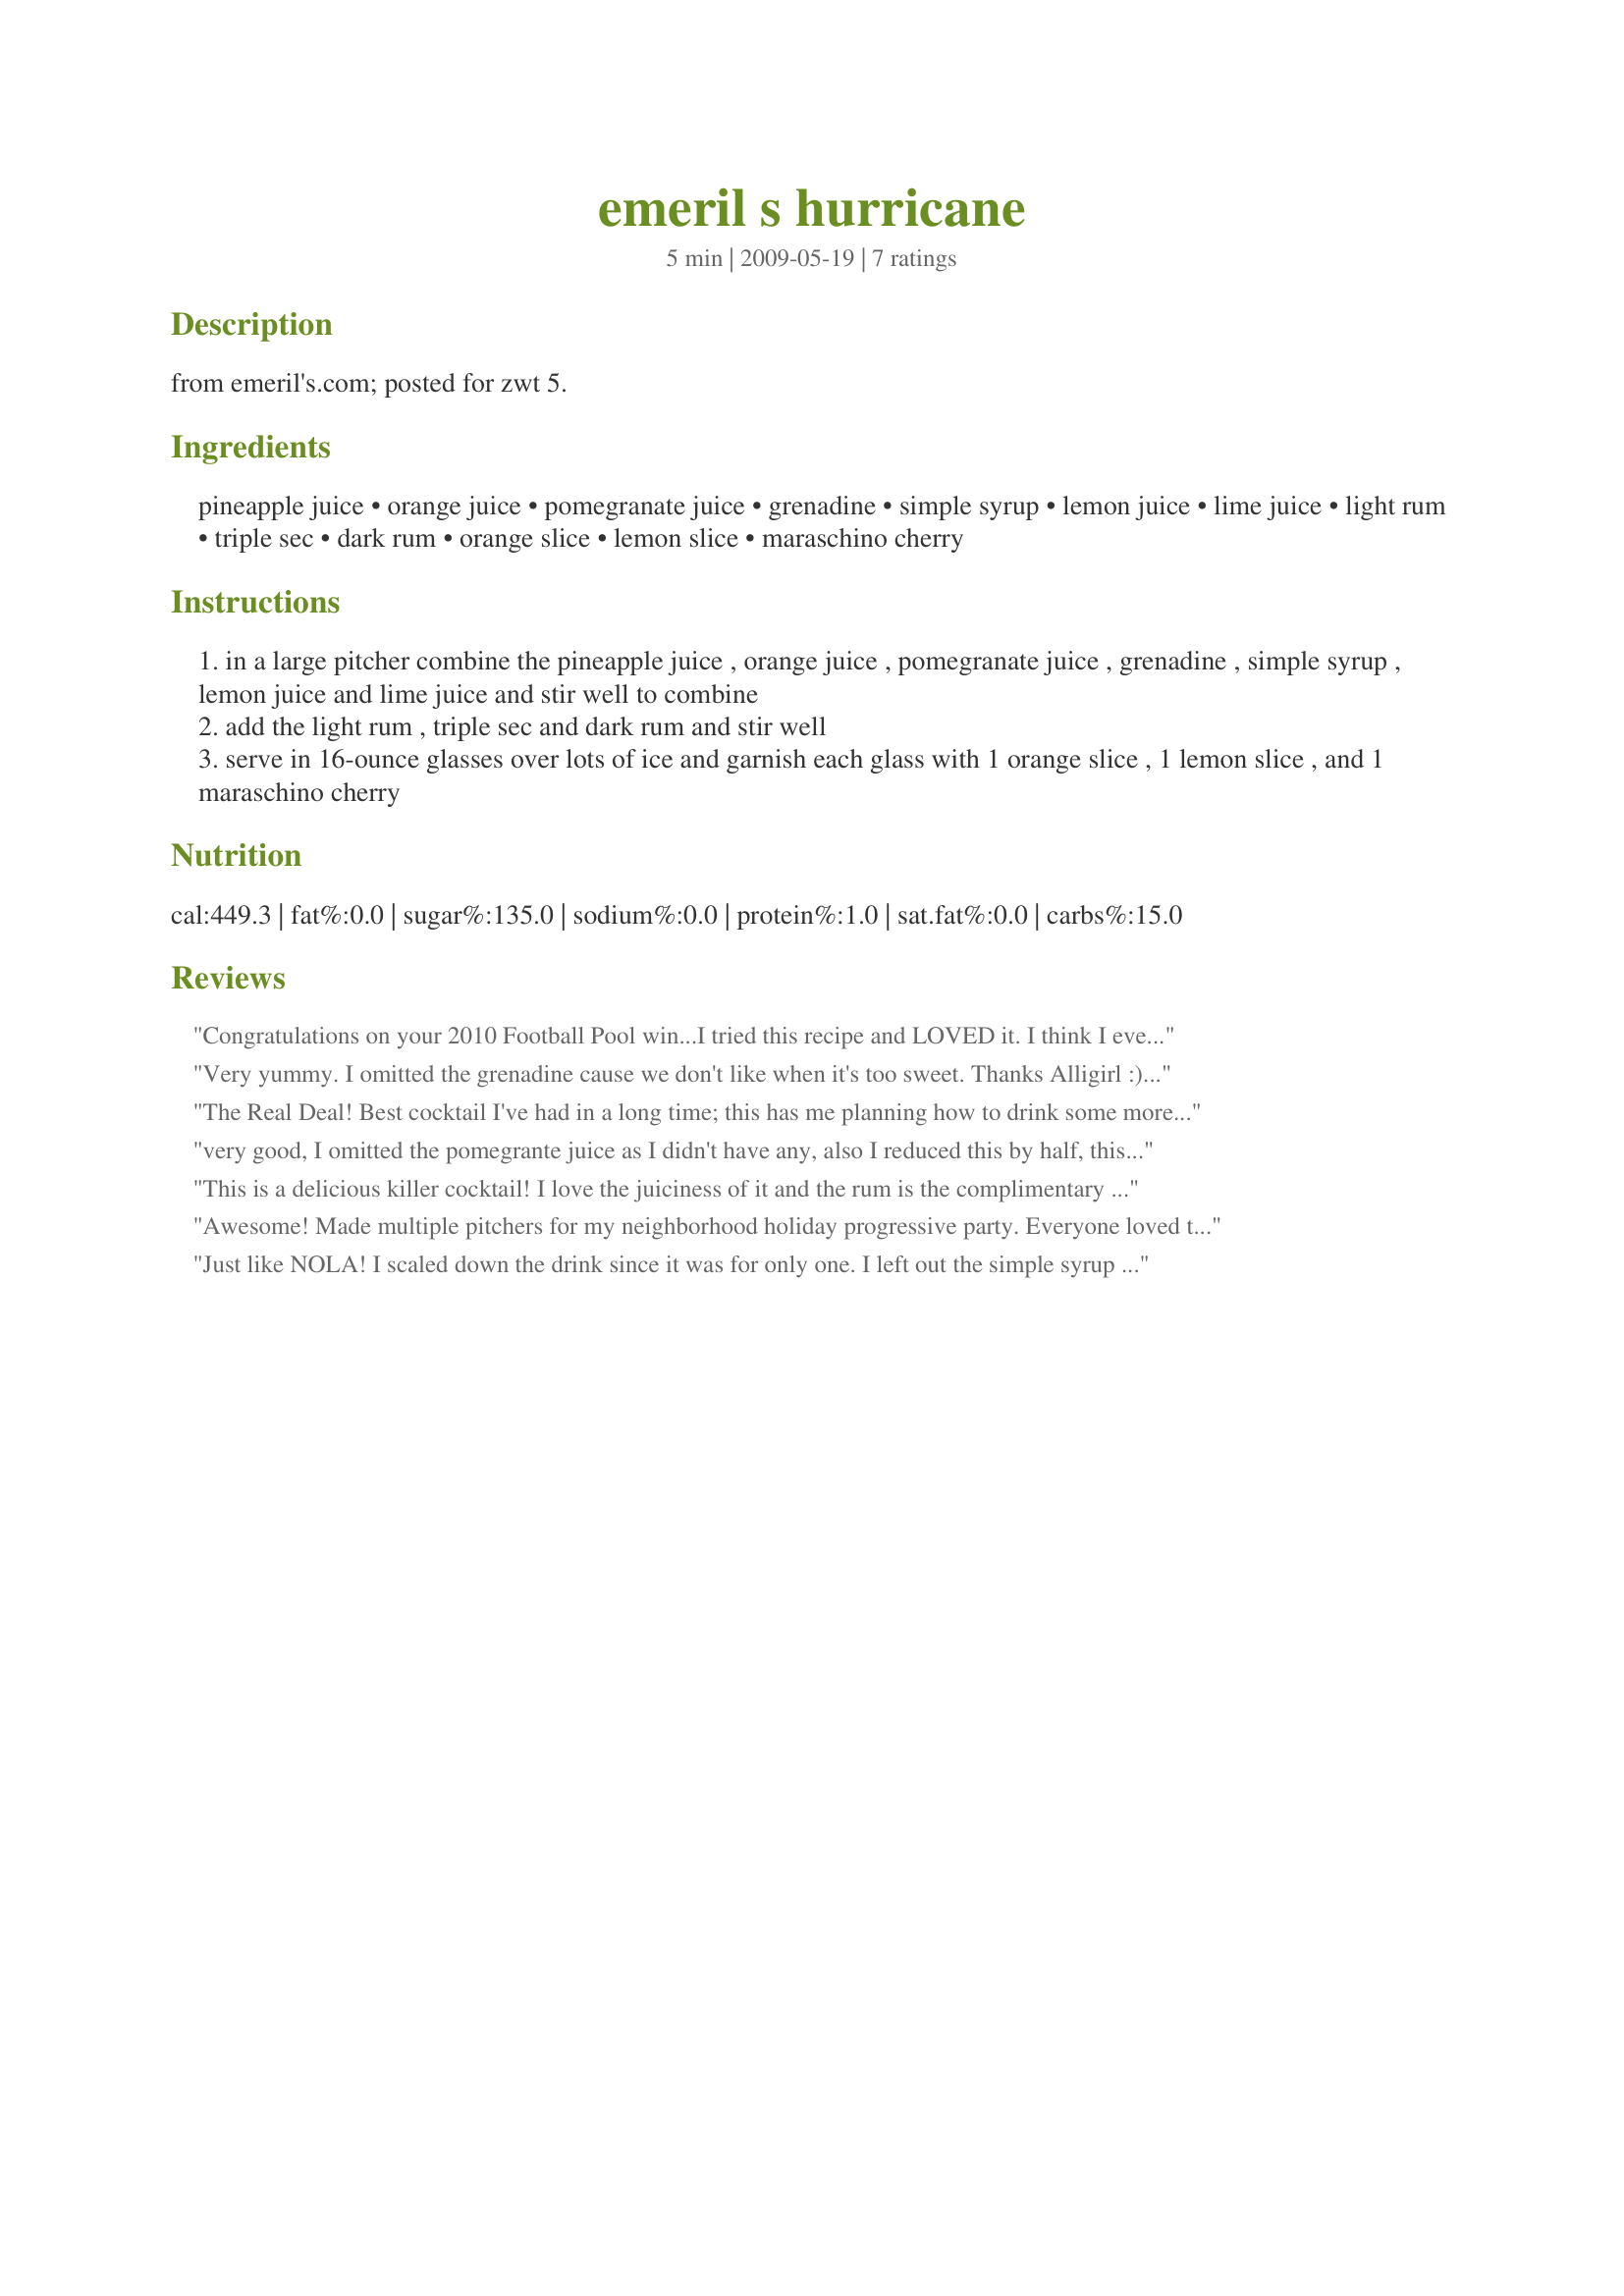
emeril s hurricane
Preparation time: 5 minutes

from emeril's.com; posted for zwt 5.

Ingredients:
pineapple juice, orange juice, pomegranate juice, grenadine, simple syrup, lemon juice, lime juice, light rum, triple sec, dark rum, orange slice, lemon slice, maraschino cherry

Steps:
in a large pitcher combine the pineapple juice , orange juice , pomegranate juice , grenadine , simple syrup , lemon juice and lime juice and stir well to combine
add the light rum , triple sec and dark rum and stir well
serve in 16-ounce glasses over lots of ice and garnish each glass with 1 orange slice , 1 lemon slice , and 1 maraschino cherry

Reviews:
Congratulations on your 2010 Football Pool win...I tried this recipe and LOVED it. I think I even like it better than the one's from Pat O's and being a Louisianian, that is almost treason around here. LOVED the addition of the pom juice!<br/>Certainly impressed the friends I mixed these up for.
Very yummy. I omitted the grenadine cause we don't like when it's too sweet. Thanks Alligirl :) Made for Holiday tag
The Real Deal! Best cocktail I've had in a long time; this has me planning how to drink some more and take some aspirin before I retire to avoid a hangover (we don't drink much). Let me see -- who was the designated driver? I didn't have the patience to make simple syrup, so I added half the amount for simple syrup as the amount of confectioner's sugar and stirred until it dissolved (triumph!). Made half a batch, which will make 2 Category 5 Hurricanes (very big glass like the souvenir glass from Commander's Palace where Emeril was head chef). Such a wonderful, dangerous drink, it brings back memories of my last trip to New Orleans. Thanks for sharing this recipe, alligirl! Made for ZWT5 for the French/Cajun/Creole Region as "Slice of Lime Babe" of the Bodacious Brickhouse Babes. Excellent drink!
very good, I omitted the pomegrante juice as I didn't have any, also I reduced this by half, this was very good I'm going to make this again with the pomegrante juice next time, thank for this great drink recipe Alli!! made for ZWT
This is a delicious killer cocktail! I love the juiciness of it and the rum is the complimentary but not overpowering. I made it as written except for cutting out the simple syrup and using half the grenadine. I don&#039;t understand the 1/2 cup serving designation on the serving size. Making two we had two 16 oz tumblers filled to the brim before adding ice, so we split one and saved the other for another night. I don&#039;t know if it was all the sugar from the juices or what but both nights we had these I had a really difficult time going to sleep - I guess I&#039;ll be drinking them earlier in the day from now on! Thanks for sharing alli! Made for ZWT 9 by one of the Appliance Killers.
Awesome! Made multiple pitchers for my neighborhood holiday progressive party. Everyone loved these and I was asked for the recipe. We omitted both the grenadine and simple syrup based on reviews because we don&#039;t like sweet drinks. Obviously no one missed them! Thanks for a winner!
Just like NOLA! I scaled down the drink since it was for only one. I left out the simple syrup because hurricanes in general are too sweet for me. It was very good indeed! Made for ZWT5 - RRR.
